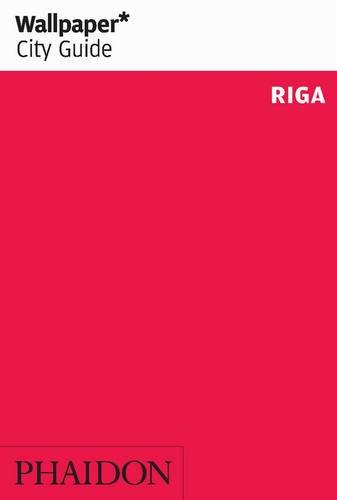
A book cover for Wallpaper* City Guide Riga (Wallpaper City Guides); Editors of Wallpaper Magazine; Travel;